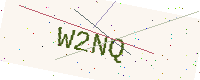
Text: W2NQ